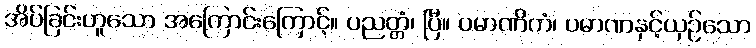
အိပ်ခြင်းဟူသော အကြောင်းကြောင့်။ ပညတ္တံ၊ ပြီ။ ပမာဏိကံ၊ ပမာဏနှင့်ယှဉ်သော